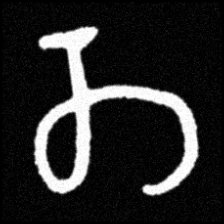
Pyu character \u2014 Myanmar letter: တ (romanized: ta)